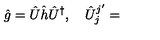
\hat { g } = \hat { U } \hat { h } \hat { U } ^ { \dagger } , \quad \hat { U } _ { j } ^ { j ^ { \prime } } =